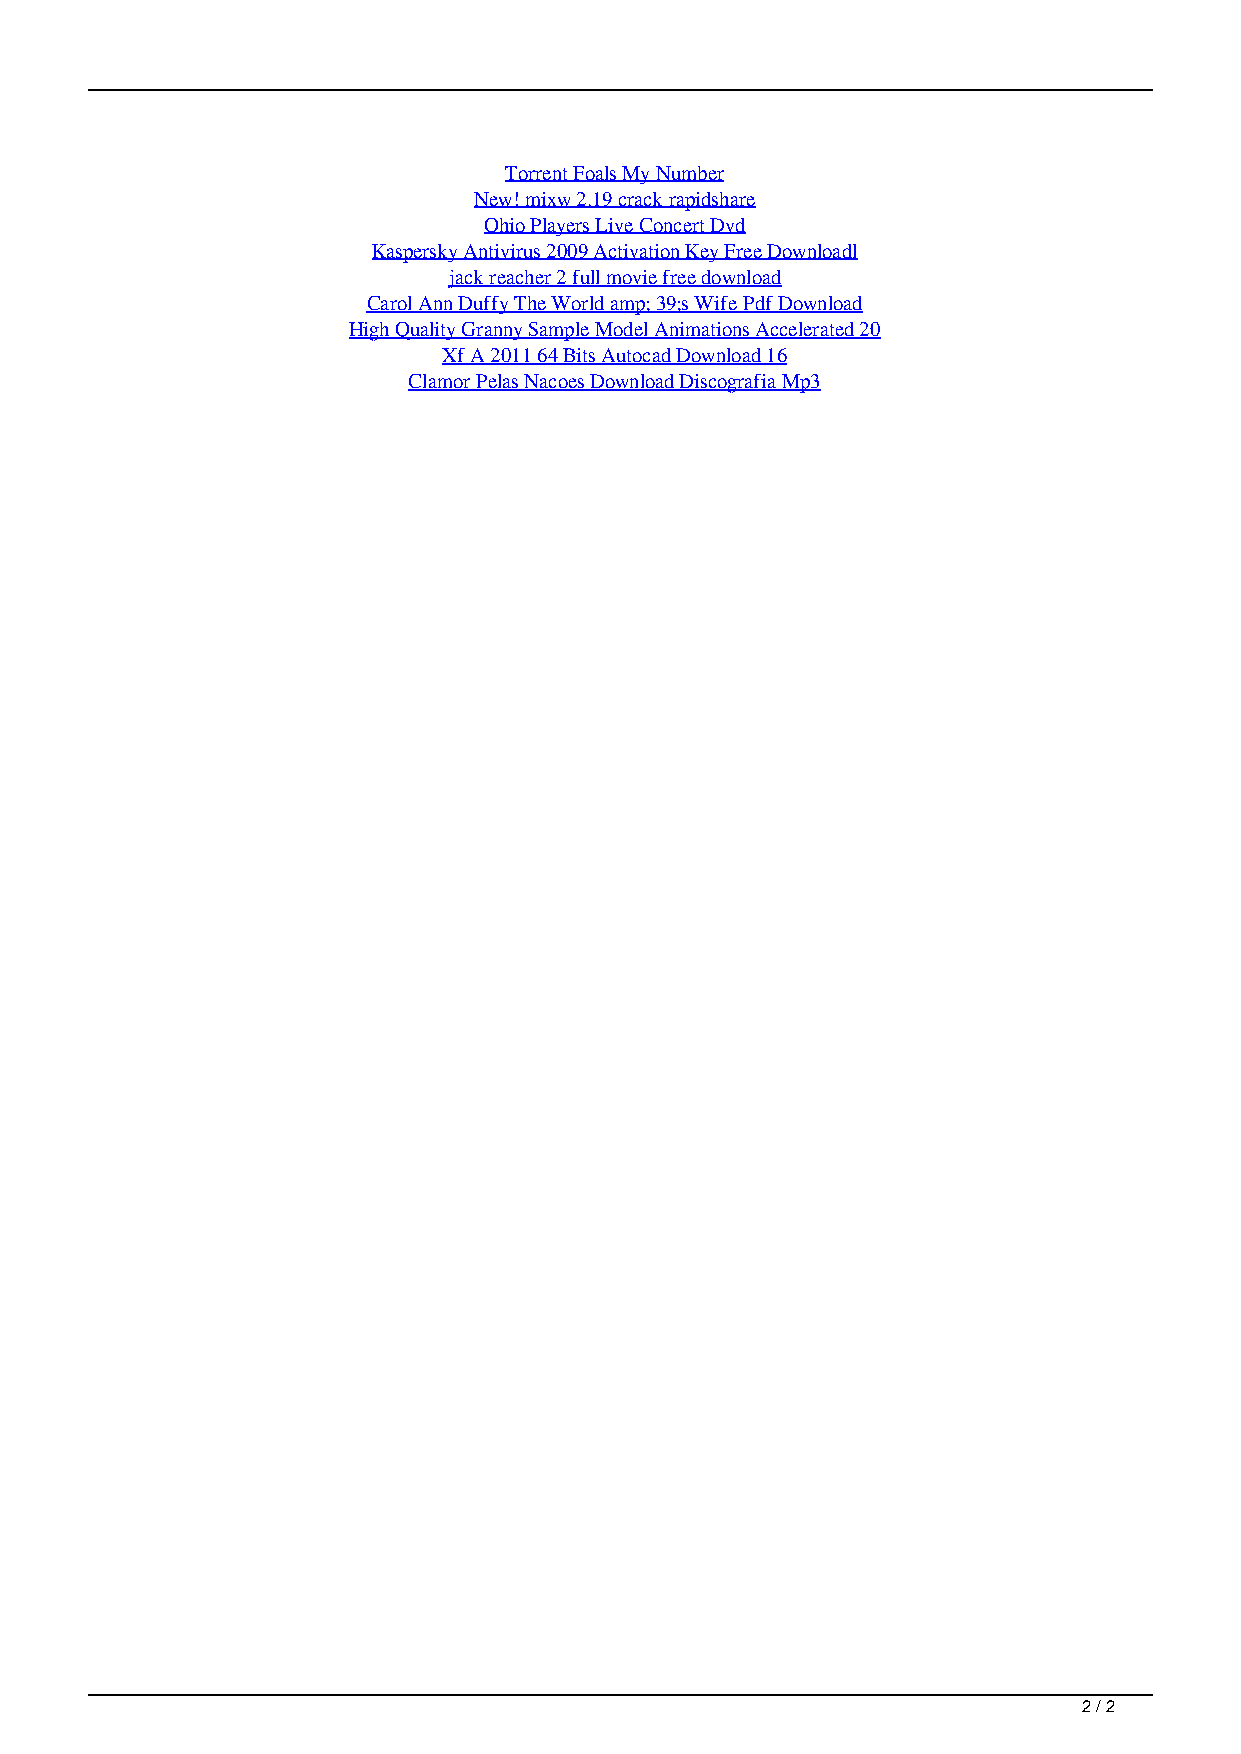
Torrent Foals My Number
 New! mixw 2.19 crack rapidshare
 Ohio Players Live Concert Dvd
 Kaspersky Antivirus 2009 Activation Key Free Downloadl
 jack reacher 2 full movie free download
 Carol Ann Duffy The World amp; 39;s Wife Pdf Download
 High Quality Granny Sample Model Animations Accelerated 20
 Xf A 2011 64 Bits Autocad Download 16
 Clamor Pelas Nacoes Download Discografia Mp3
 2 / 2
 Free Download AWAY: Journey To The Unexpected .zip giapponese comunione emoticons taito listino institute